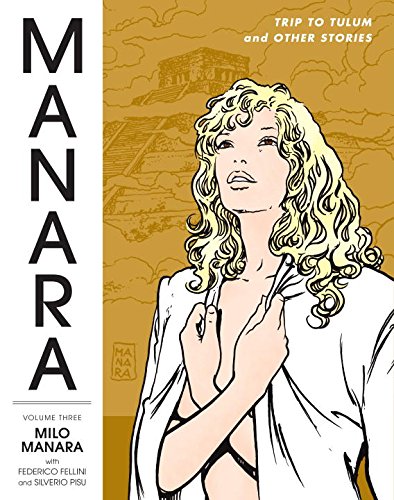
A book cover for The Manara Library Volume 3: Trip To Tulum and Other Stories; Milo Manara; Comics & Graphic Novels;